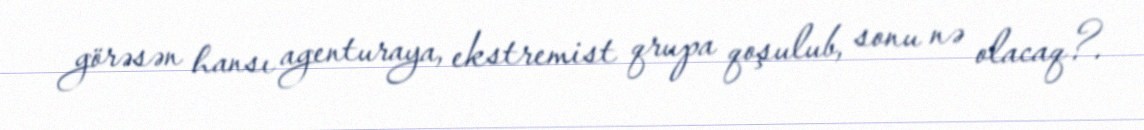
görəsən hansı agenturaya, ekstremist qrupa qoşulub, sonu nə olacaq?.